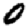
Digit: 0